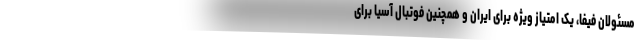
مسئولان فیفا، یک امتیاز ویژه برای ایران و همچنین فوتبال آسیا برای